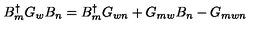
B _ { m } ^ { \dagger } G _ { w } B _ { n } = B _ { m } ^ { \dagger } G _ { w n } + G _ { m w } B _ { n } - G _ { m w n }